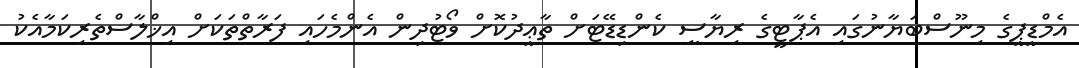
އެމްޑީޕީގެ މިނޫސްބަޔާނުގައި އެޕާޓީގެ ރިޔާސީ ކެންޑިޑޭޓަށް ތާޢީދުކޮށް ވޯޓުދިން އެންމެހައި ފަރާތްތަކަށް އިޚްލާސްތެރިކަމާއެކު